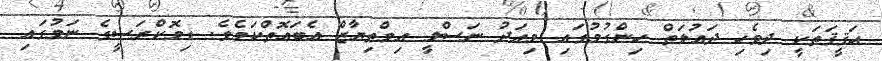
ޙަޤީޤަތަކީ ދިވެހި ދައުލަތް ހިންގުމުގައި މިއަދު ނަސްލީ އިމްތިޔާޒް އެބައޮތްކަމެވެ. ޑިމޮކްރަސީގެ ނަމުގައި